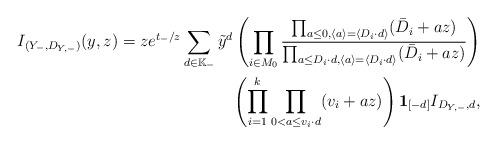
LaTeX: \begin{align*}I_{(Y_-,D_{Y,-})}(y,z)=ze^{t_-/z}\sum_{d\in\mathbb K_{-}}\tilde y^{d}\left(\prod_{i\in M_0}\frac{\prod_{a\leq 0,\langle a\rangle=\langle D_i\cdot d\rangle}(\bar{D}_i+az)}{\prod_{a \leq D_i\cdot d,\langle a\rangle=\langle D_i\cdot d\rangle}(\bar{D}_i+az)}\right)\\\left(\prod_{i=1}^k\prod_{0<a\leq v_i\cdot d}(v_i+az)\right)\textbf{1}_{[-d]}I_{D_{Y,-},d},\end{align*}